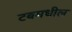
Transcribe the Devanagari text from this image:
टबमधील